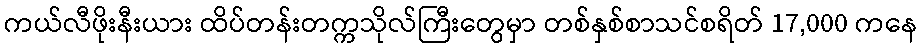
ကယ်လီဖိုးနီးယား ထိပ်တန်းတက္ကသိုလ်ကြီးတွေမှာ တစ်နှစ်စာသင်စရိတ် 17,000 ကနေ